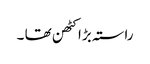
راستہ بڑا کٹھن تھا ۔